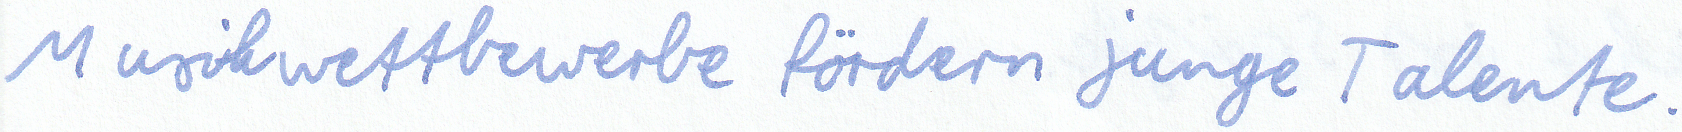
Musikwettbewerbe fördern junge Talente.